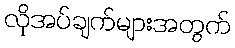
လိုအပ်ချက်များအတွက်